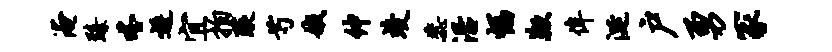
淹臻嗒逶宜拍琰芍娥伸竣蕊沿幅鞭侔涎户勇冢